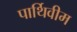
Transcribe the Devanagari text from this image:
पार्थिवीम